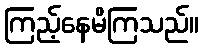
ကြည့်နေမိကြသည်။